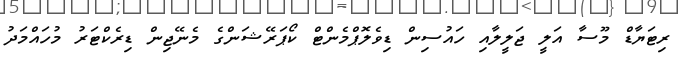
ރިޓަޔާޑް މޫސާ އަލީ ޖަލީލާއި ހައުސިން ޑިވެލޮޕްމެންޓް ކޯޕަރޭޝަންގެ މެނޭޖިން ޑިރެކްޓަރު މުހައްމަދު